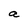
Character: a